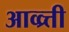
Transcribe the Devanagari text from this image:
आव्व्र्त्ती